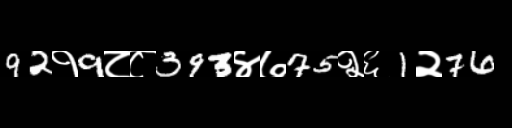
Text: 92१9८८393४७75२६1२76